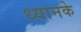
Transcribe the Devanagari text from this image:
ध्यानके